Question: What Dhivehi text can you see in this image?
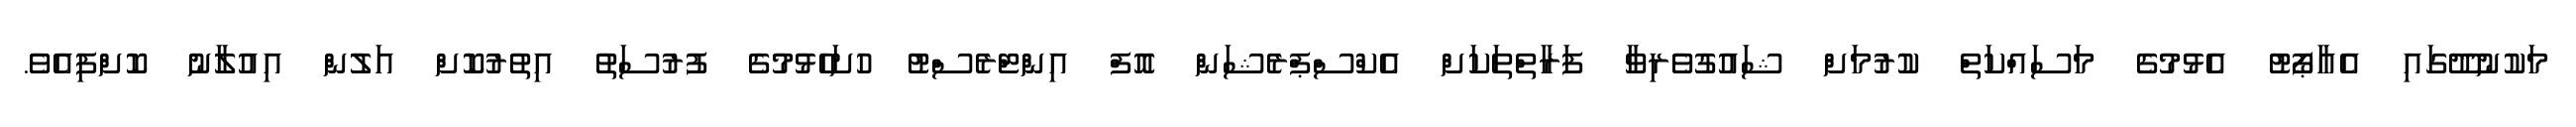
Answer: މަކުނުދޫގައި އެއާޕޯޓު އެޅުމުގެ މަސައްކަތް ކުރުމަށް ޝައުގުވެރިވާ ފަރާތްތަކަށް އެކްސްޕްރެޝަން އޮފް އިންޓްރެސްޓު ހުށަހެޅުމުގެ ފުރުސަތު އިތުރުކޮށް އަލުން އިއުލާނު ކޮށްފިއެވެ.